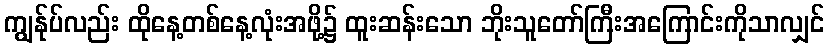
ကျွန်ုပ်လည်း ထိုနေ့တစ်နေ့လုံးအဖို့၌ ထူးဆန်းသော ဘိုးသူတော်ကြီးအကြောင်းကိုသာလျှင်